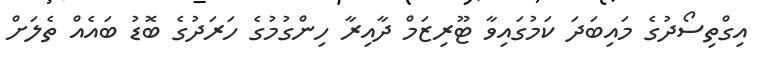
އިގްތިސޯދުގެ މައިބަދަ ކަމުގައިވާ ޓޫރިޒަމް ދާއިރާ ހިންގުމުގެ ހަރަދުގެ ބޮޑު ބައެއް ތެލަށް